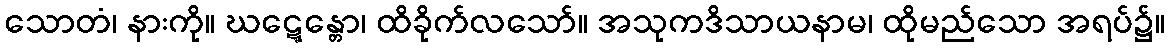
သောတံ၊ နားကို။ ဃဋ္ဋေန္တော၊ ထိခိုက်လသော်။ အသုကဒိသာယနာမ၊ ထိုမည်သော အရပ်၌။